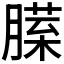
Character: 𰯏